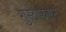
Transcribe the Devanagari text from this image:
गुस्टाफसन